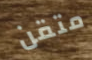
متقن